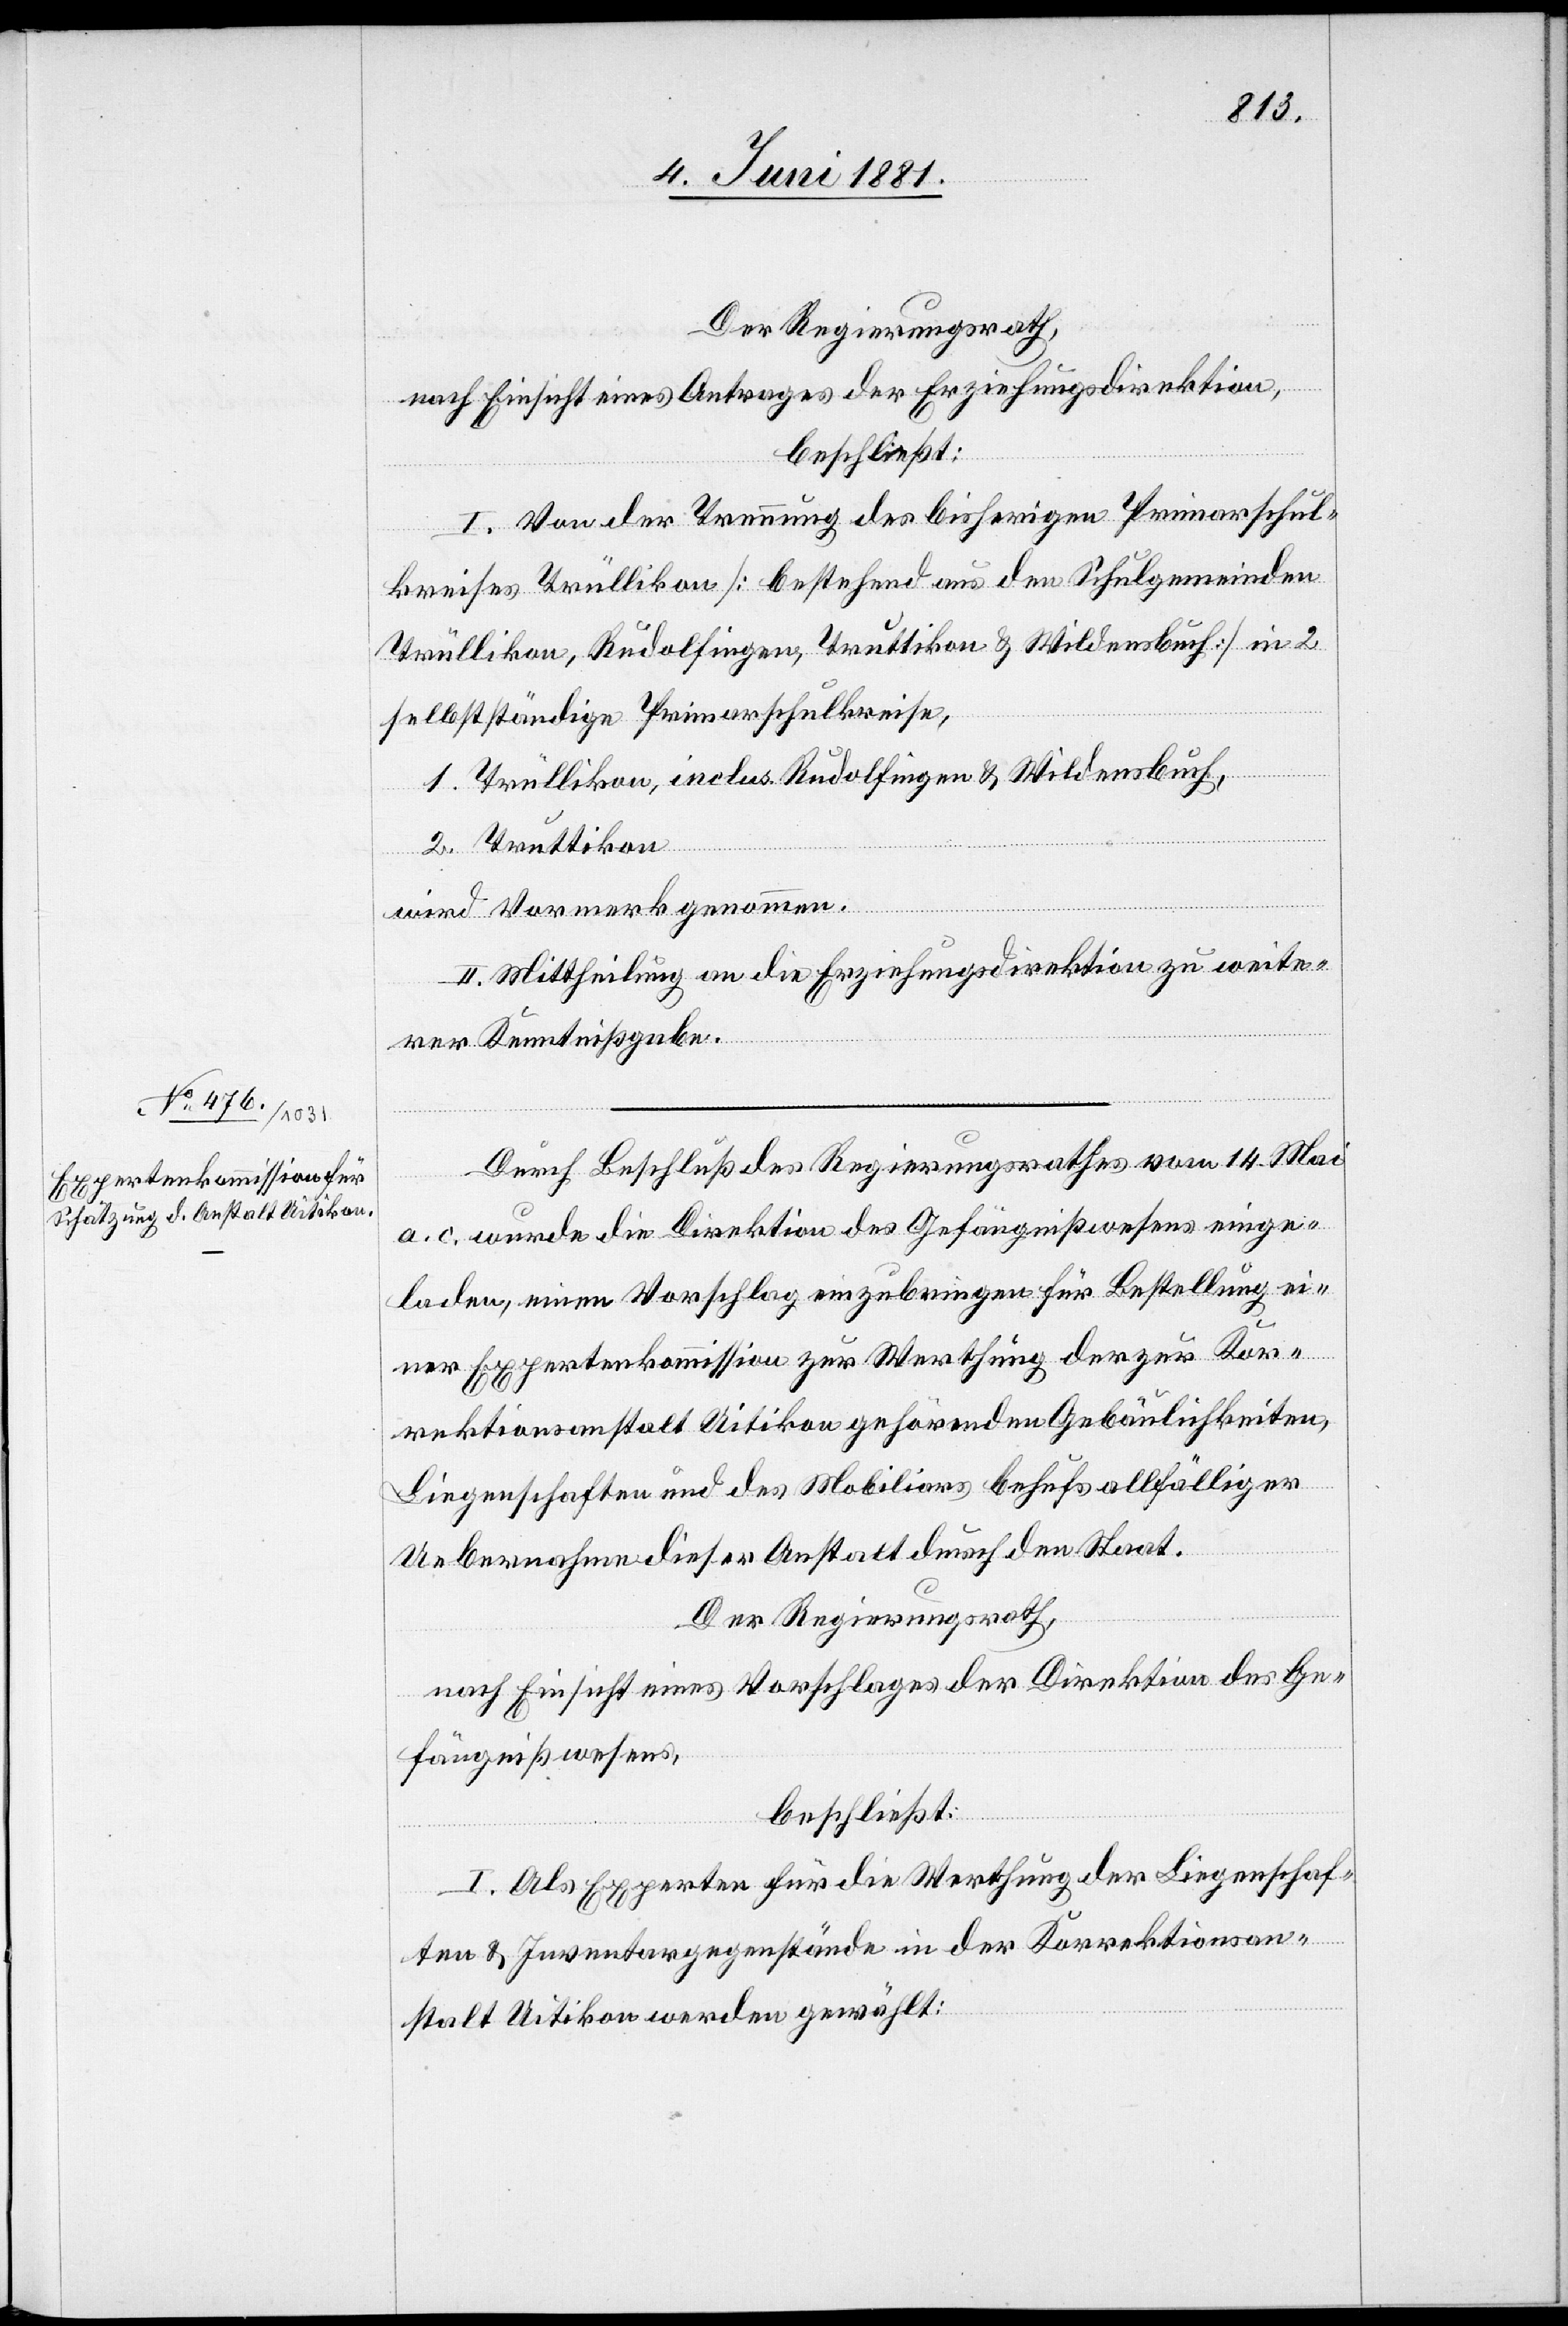
Der Regierungsrath,
nach Einsicht eines Antrages der Erziehungsdirektion,
beschließt:
I. Von der Trennung des bisherigen Primarschul¬
kreises Trüllikon [bestehend aus den Schulgemeinden
Trüllikon, Rudolfingen, Truttikon & Wildensbuch] in 2
selbstständige Primarschulkreise,
1. Trüllikon, inclus. Rudolfingen & Wildensbuch,
2. Truttikon
wird Vormerk genommen.
II. Mittheilung an die Erziehungsdirektion zu weite¬
rer Kenntnisßgabe.
Durch Beschluß des Regierungsrathes vom 14. Mai
a. c. wurde die Direktion des Gefängnißwesens einge¬
laden, einen Vorschlag einzubringen für Bestellung ei¬
ner Expertenkommission zur Werthung der zur Kor¬
rektionsanstalt Uitikon gehörenden Gebäulichkeiten,
Liegenschaften und des Mobiliars behufs allfälliger
Uebernahme dieser Anstalt durch den Staat.
Der Regierungsrath,
nach Einsicht eines Vorschlages der Direktion des Ge¬
fängnißwesens,
beschließt:
I. Als Experten für die Werthung der Liegenschaf¬
ten & Inventargegenstände in der Korrektionsan¬
stalt Uitikon werden gewählt: